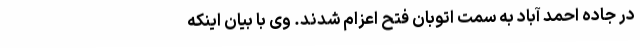
در جاده احمد آباد به سمت اتوبان فتح اعزام شدند. وی با بیان اینکه